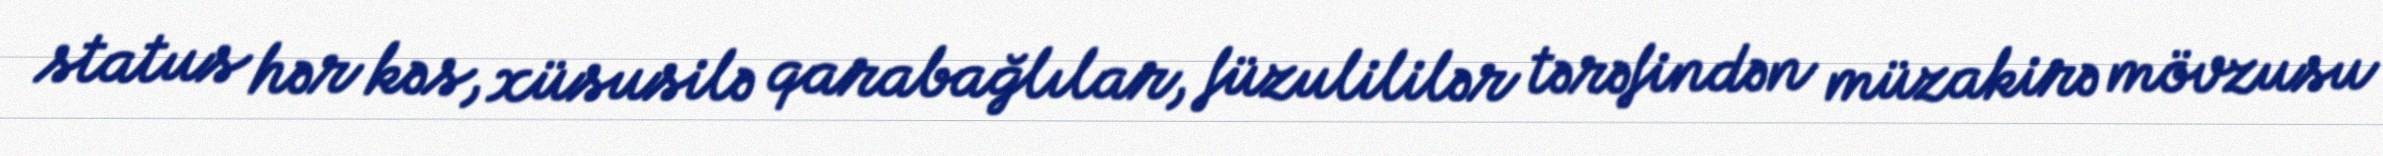
status hər kəs, xüsusilə qarabağlılar, füzulililər tərəfindən müzakirə mövzusu